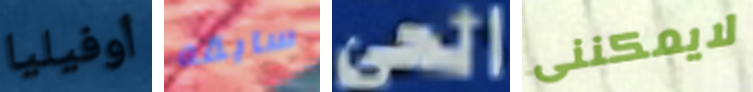
أوفيليا سابقه الحى لايمكننى